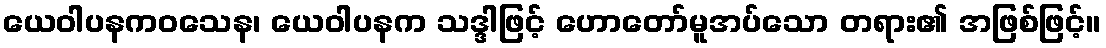
ယေဝါပနကဝသေန၊ ယေဝါပနက သဒ္ဒါဖြင့် ဟောတော်မူအပ်သော တရား၏ အဖြစ်ဖြင့်။